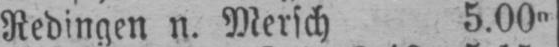
Redingen n. Mersch 5.00m